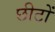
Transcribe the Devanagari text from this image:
छीटों